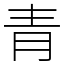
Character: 青